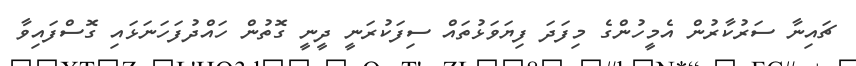
ޗައިނާ ސަރުކާރުން އެމީހުންގެ މިފަދަ ފިޔަވަޅުތައް ސިފަކުރަނީ ދީނީ ގޮތުން ހައްދުފަހަނަޅައި ގޮސްފައިވާ